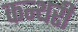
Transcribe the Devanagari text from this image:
कन्थरी